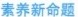
素养新命题